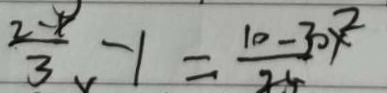
\frac { 2 - x } { 3 } - 1 = \frac { 1 0 - 3 0 x ^ { 2 } } { 2 5 }